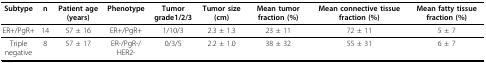
<table><thead><tr><td><b>Subtype</b></td><td><b>n</b></td><td><b>Patient age (years)</b></td><td><b>Phenotype</b></td><td><b>Tumor grade1/2/3</b></td><td><b>Tumor size (cm)</b></td><td><b>Mean tumor fraction (%)</b></td><td><b>Mean connective tissue fraction (%)</b></td><td><b>Mean fatty tissue fraction (%)</b></td></tr></thead><tbody><tr><td>ER+/PgR+</td><td>14</td><td>57 ± 16</td><td>ER+/PgR+</td><td>1/10/3</td><td>2.3 ± 1.3</td><td>23 ± 11</td><td>72 ± 11</td><td>5 ± 7</td></tr><tr><td>Triple negative</td><td>8</td><td>57 ± 17</td><td>ER-/PgR-/HER2-</td><td>0/3/5</td><td>2.2 ± 1.0</td><td>38 ± 32</td><td>55 ± 31</td><td>6 ± 7</td></tr></tbody></table>